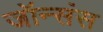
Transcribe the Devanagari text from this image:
जॉन्संस